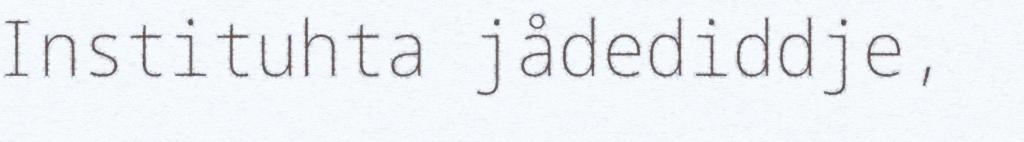
Instituhta jådediddje,